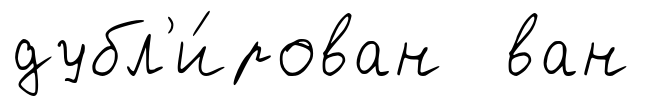
дубл'и́рован ван